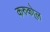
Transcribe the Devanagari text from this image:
करुको्ल